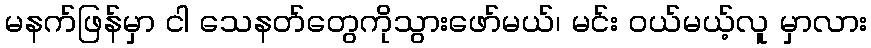
မနက်ဖြန်မှာ ငါ သေနတ်တွေကိုသွားဖော်မယ်၊ မင်း ဝယ်မယ့်လူ မှာလား